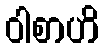
ဝါစာဟိ